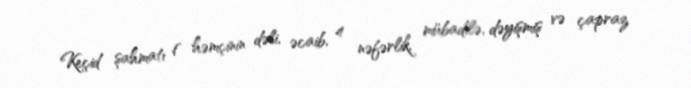
Keçid şahmatı ( həmçinin dəli, əcaib, 4 nəfərlik, mübadilə, dəyişmiş və çapraz